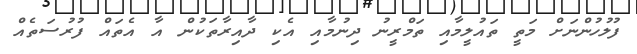
ފުލުހުންނަށް މަތީ ތައުލީމާއި ތަމްރީނު ދިނުމާއި އެކި ދާއިރާތަކުން އާ އެތައް ފުރުސަތެއް